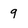
Character: 9